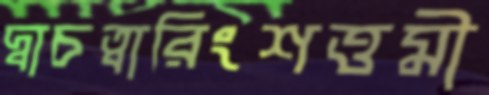
দ্বাচত্বারিংশত্তমী